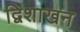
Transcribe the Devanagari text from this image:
द्विशाखन